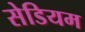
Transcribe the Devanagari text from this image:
सेडियम